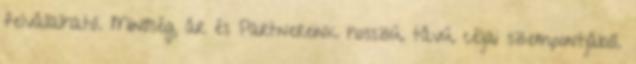
felvállalható. Minőség, ár és Partnereink hosszú távú céljai szempontjából.